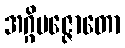
အဂ္ဂိပဇ္ဇောတော